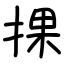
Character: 捰